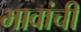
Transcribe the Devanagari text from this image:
भावांची